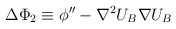
\begin{align*}\Delta \Phi_2\equiv \phi''-\nabla^2 U_B \nabla U_B\end{align*}